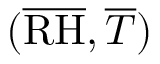
( \overline { { \mathrm { R H } } } , \overline { { T } } )